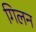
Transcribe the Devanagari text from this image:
गिलन